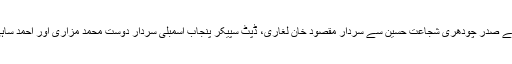
لاہور :مسلم لیگ (ق) کے صدر چودھری شجاعت حسین سے سردار مقصود خان لغاری، ڈپٹ سپیکر پنجاب اسمبلی سردار دوست محمد مزاری اور احمد ساہی ملاقات کر رہے ہیں۔